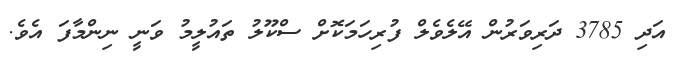
އަދި 3785 ދަރިވަރުން އޭލެވެލް ފުރިހަމަކޮށް ސްކޫލު ތައުލީމު ވަނީ ނިންމާފަ އެވެ.